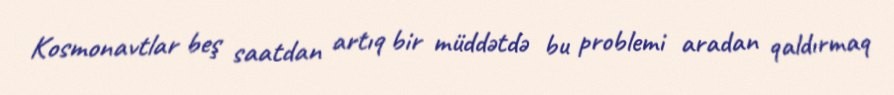
Kosmonavtlar beş saatdan artıq bir müddətdə bu problemi aradan qaldırmaq